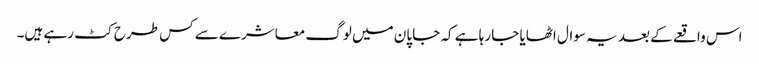
اس واقعے کے بعد یہ سوال اٹھایا جا رہا ہے کہ جاپان میں لوگ معاشرے سے کس طرح کٹ رہے ہیں۔